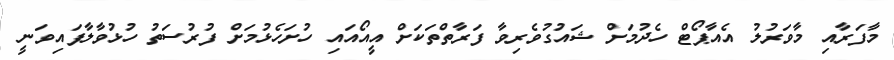
މާފަރާއި މާވަރުލު އެއާޕޯޓް ހެދުމަށް ޝައުގުވެރިވާ ފަރާތްތަކަށް އީއޯއައި ހުށަހެޅުމަށް ފުރުސަތު ހުޅުވާލާފައިވަނީ